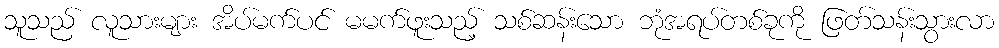
သူသည် လူသားများ အိပ်မက်ပင် မမက်ဖူးသည့် သစ်ဆန်းသော ဘုံအရပ်တစ်ခုကို ဖြတ်သန်းသွားလာ